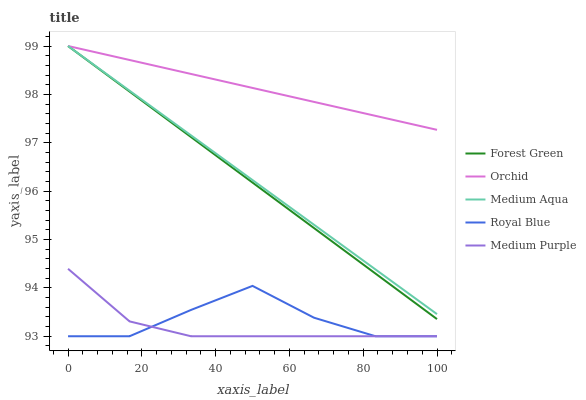
| xaxis_label | Forest Green | Orchid | Medium Aqua | Royal Blue | Medium Purple |
 | --- | --- | --- | --- | --- | --- |
 | 0 | 99 | 99 | 99 | 93 | 94.4 |
 | 16.7 | 98.1 | 98.7 | 98.1 | 93 | 93.3 |
 | 33.3 | 97.1 | 98.4 | 97.2 | 93.5 | 93 |
 | 50 | 96.2 | 98.1 | 96.2 | 94 | 93 |
 | 66.7 | 95.2 | 97.8 | 95.3 | 93.4 | 93 |
 | 83.3 | 94.3 | 97.6 | 94.4 | 93 | 93 |
 | 100 | 93.4 | 97.3 | 93.5 | 93 | 93 |